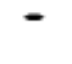
-